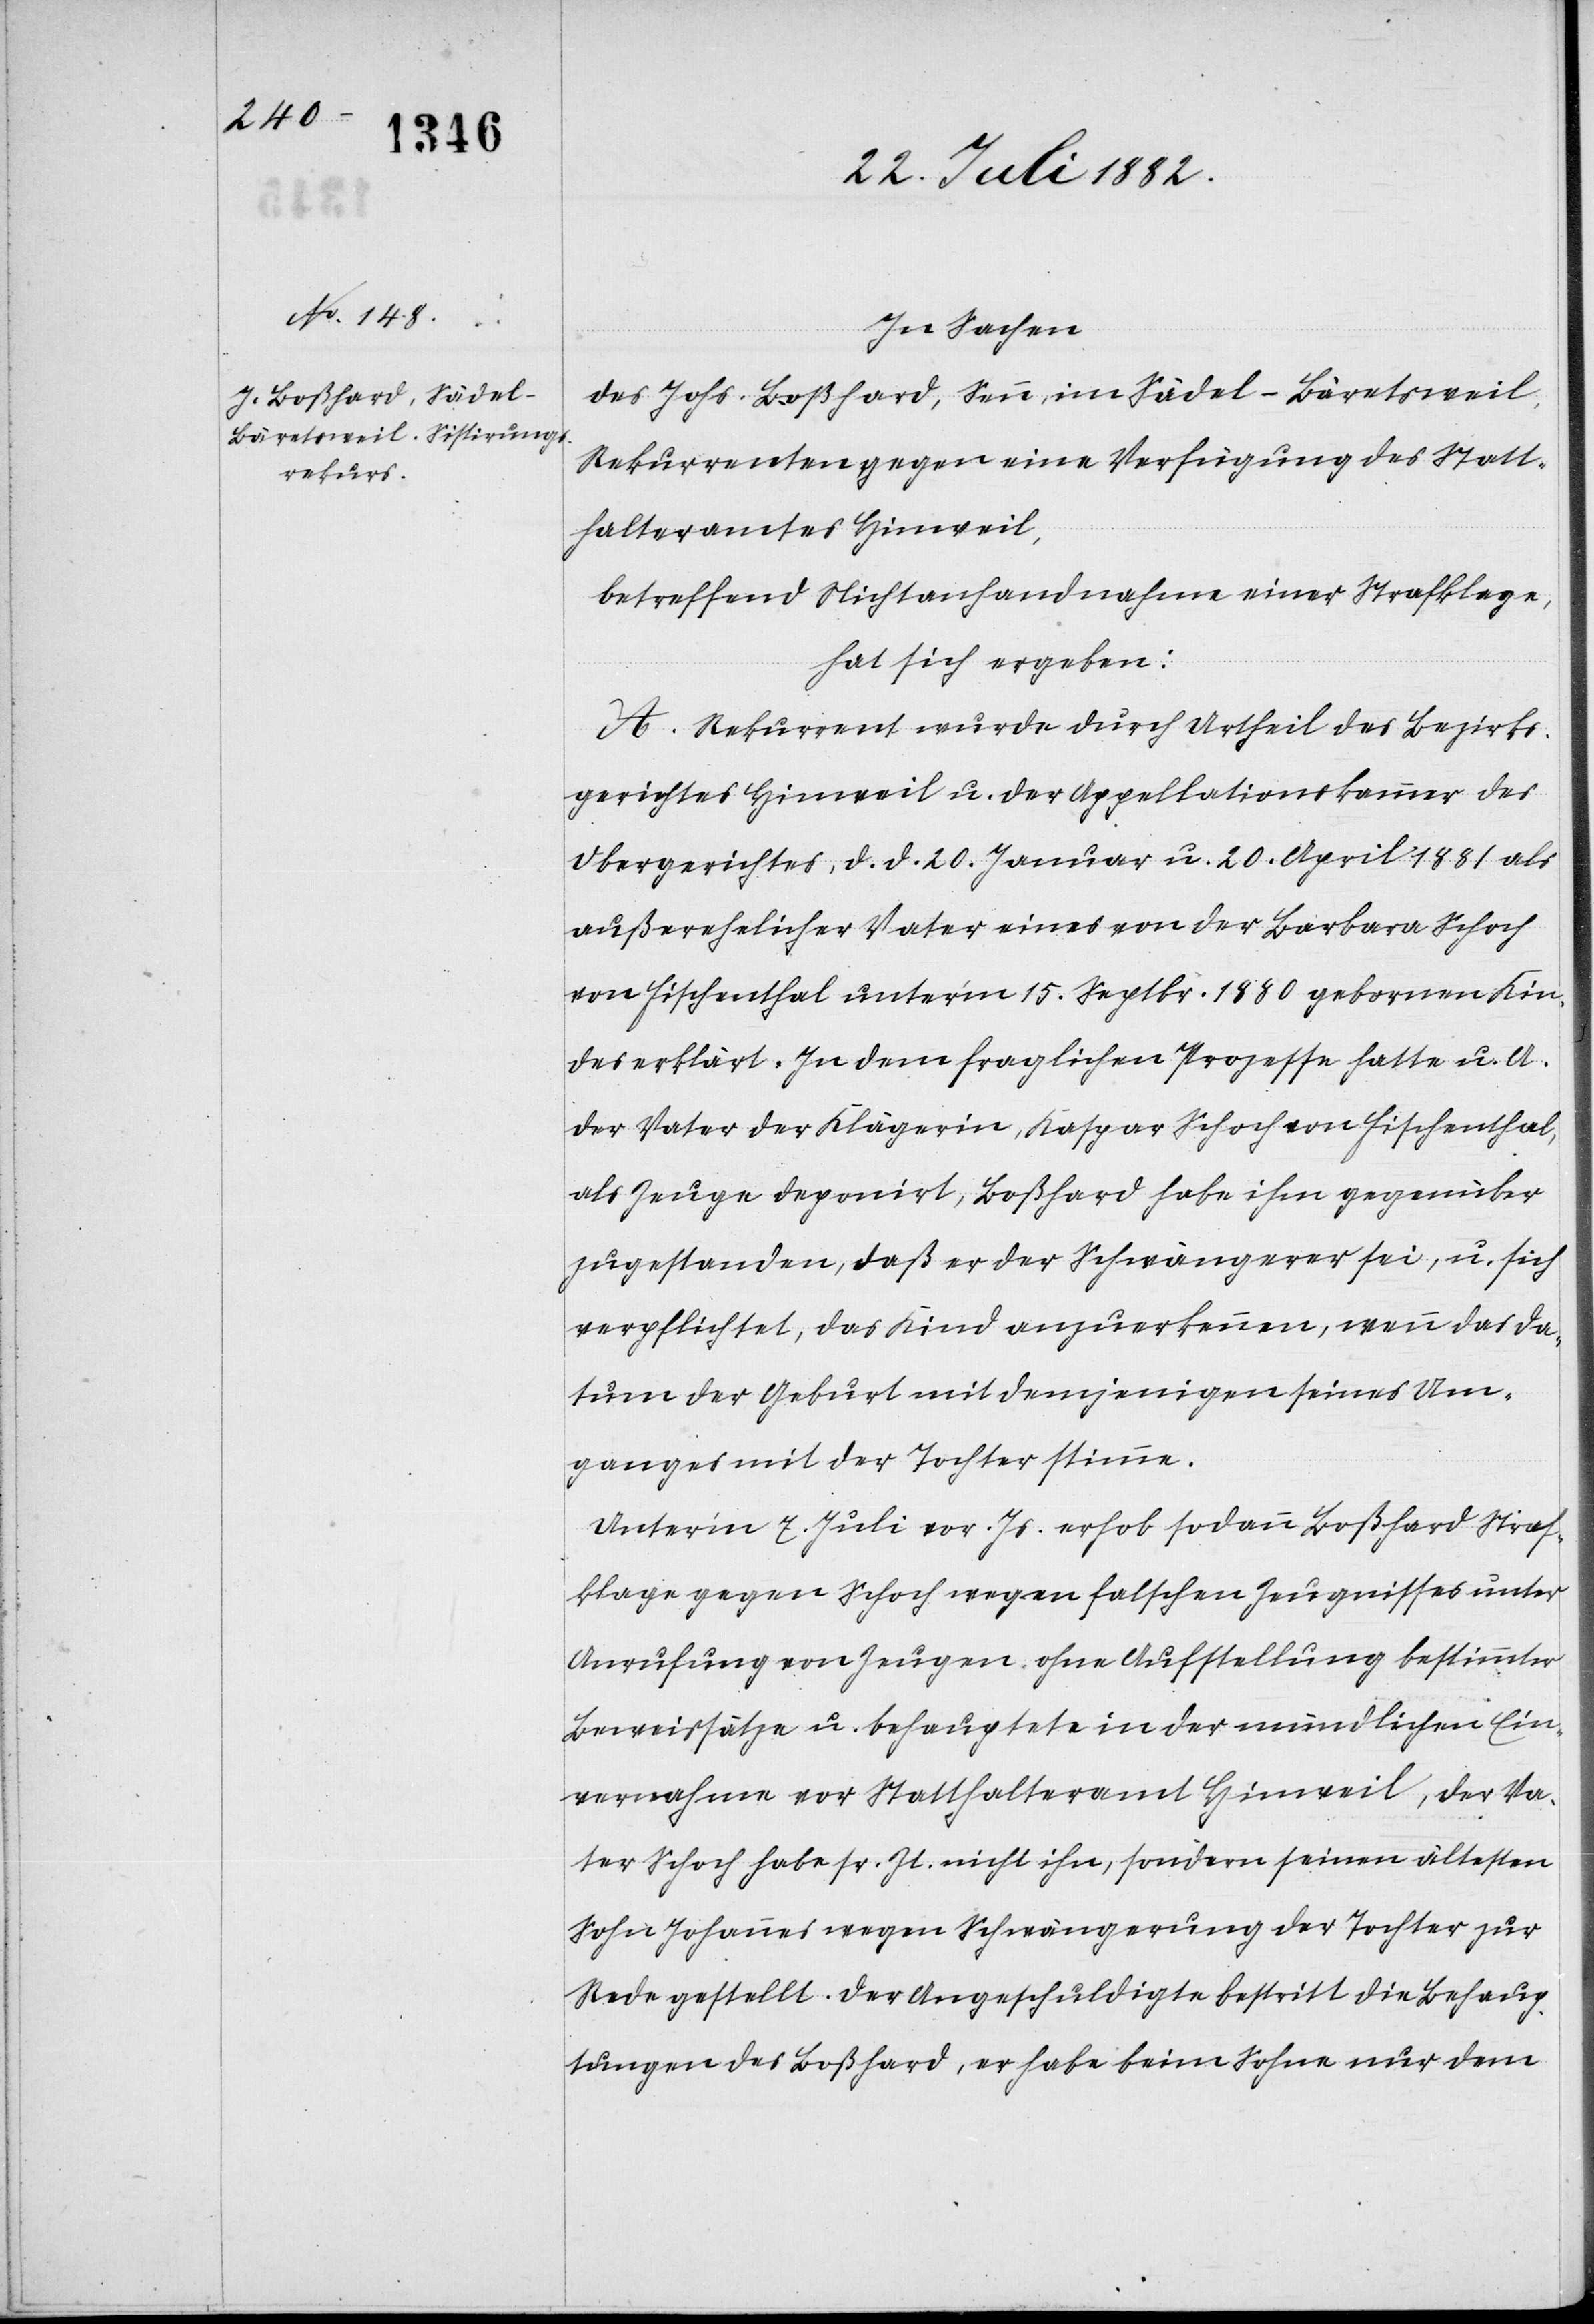
In Sachen
des Johs. Boßhard, Senn, im Sädel - Bäretsweil,
Rekurrenten gegen eine Verfügung des Statt¬
halteramtes Hinweil,
betreffend Nichtanhandnahme einer Strafklage,
hat sich ergeben:
A. Rekurrent wurde durch Urtheil des Bezirks¬
gerichtes Hinweil u. der Appellationskammer des
Obergerichtes, d. d. 20. Januar u. 20. April 1881 als
außerehelicher Vater eines von der Barbara Schoch
von Fischenthal unter’m 15. Septbr. 1880 gebornen Kin¬
des erklärt. In dem fraglichen Prozesse hatte u. A.
der Vater der Klägerin, Kaspar Schoch von Fischenthal,
als Zeuge deponirt, Boßhard habe ihm gegenüber
zugestanden, daß er der Schwängerer sei, u. sich
verpflichtet, das Kind anzuerkennen, wenn das Da¬
tum der Geburt mit demjenigen seines Um¬
ganges mit der Tochter stimme.
Unter’m 7. Juli vor. Js. erhob sodann Boßhard Straf¬
klage gegen Schoch wegen falschen Zeugnisses unter
Anrufung von Zeugen ohne Aufstellung bestimmter
Beweissätze u. behauptete in der mündlichen Ein¬
vernahme vor Statthalteramt Hinweil, der Va¬
ter Schoch habe sr. Zt. nicht ihn, sondern seinen ältesten
Sohn Johannes wegen Schwängerung der Tochter zur
Rede gestellt. Der Angeschuldigte bestritt die Behaup¬
tung des Boßhard, er habe beim Sohne nur dem